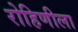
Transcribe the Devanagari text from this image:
रोहिणीला